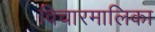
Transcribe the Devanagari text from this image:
विचारमालिका